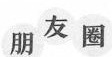
朋友 圈